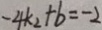
- 4 k _ { 2 } + b = - 2